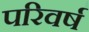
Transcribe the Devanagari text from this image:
परिवर्ष